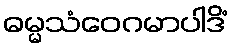
ဓမ္မသံဝေဂမာပါဒိံ